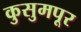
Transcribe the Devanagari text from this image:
कुसुमपूर